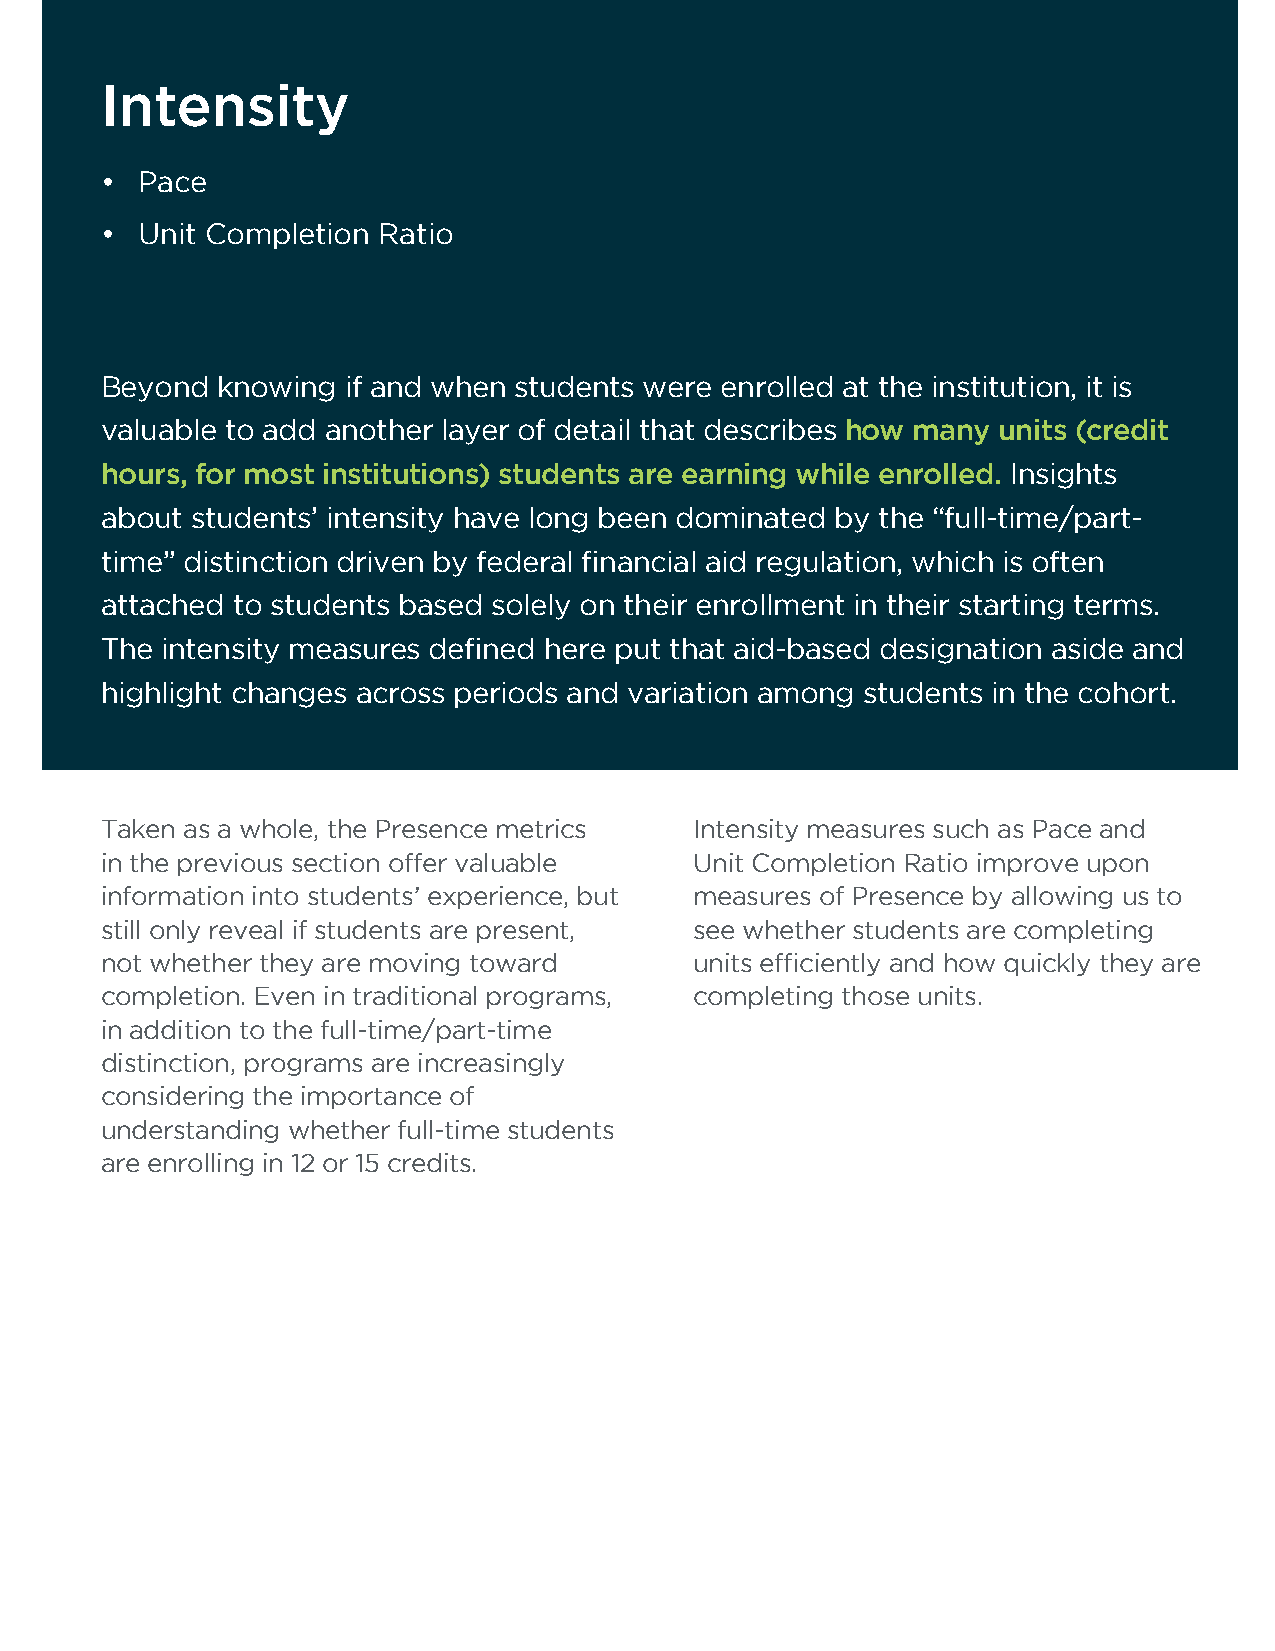
Intensity
 • Pace
 • Unit Completion Ratio
 Beyond knowing  if and when students were enrolled at the institution, it is
 valuable to add another layer of detail that describes how many units (credit
 hours, for most institutions) students are earning while enrolled. Insights
 about students’ intensity have long been dominated by the “full-time/part-
 time” distinction driven by federal financial aid regulation, which is often
 attached to students based solely on their enrollment in their starting terms.
 The intensity measures defined here put that aid-based designation aside and
 highlight changes across periods and variation among students in the cohort.
 Taken as a whole, the Presence metrics Intensity measures such as Pace and
 in the previous section offer valuable Unit Completion Ratio improve upon
 information into students’ experience, but measures of Presence by allowing us to
 still only reveal if students are present, see whether students are completing
 not whether they are moving toward     units efficiently and how quickly they are
 completion. Even in traditional programs, completing those units.
 in addition to the full-time/part-time
 distinction, programs are increasingly
 considering the importance of
 understanding whether full-time students
 are enrolling in 12 or 15 credits.